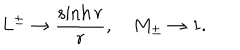
LaTeX: L ^ { \pm } \rightarrow \frac { \sinh { r } } { r } , \quad M _ { \pm } \rightarrow 1 .